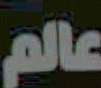
عالم